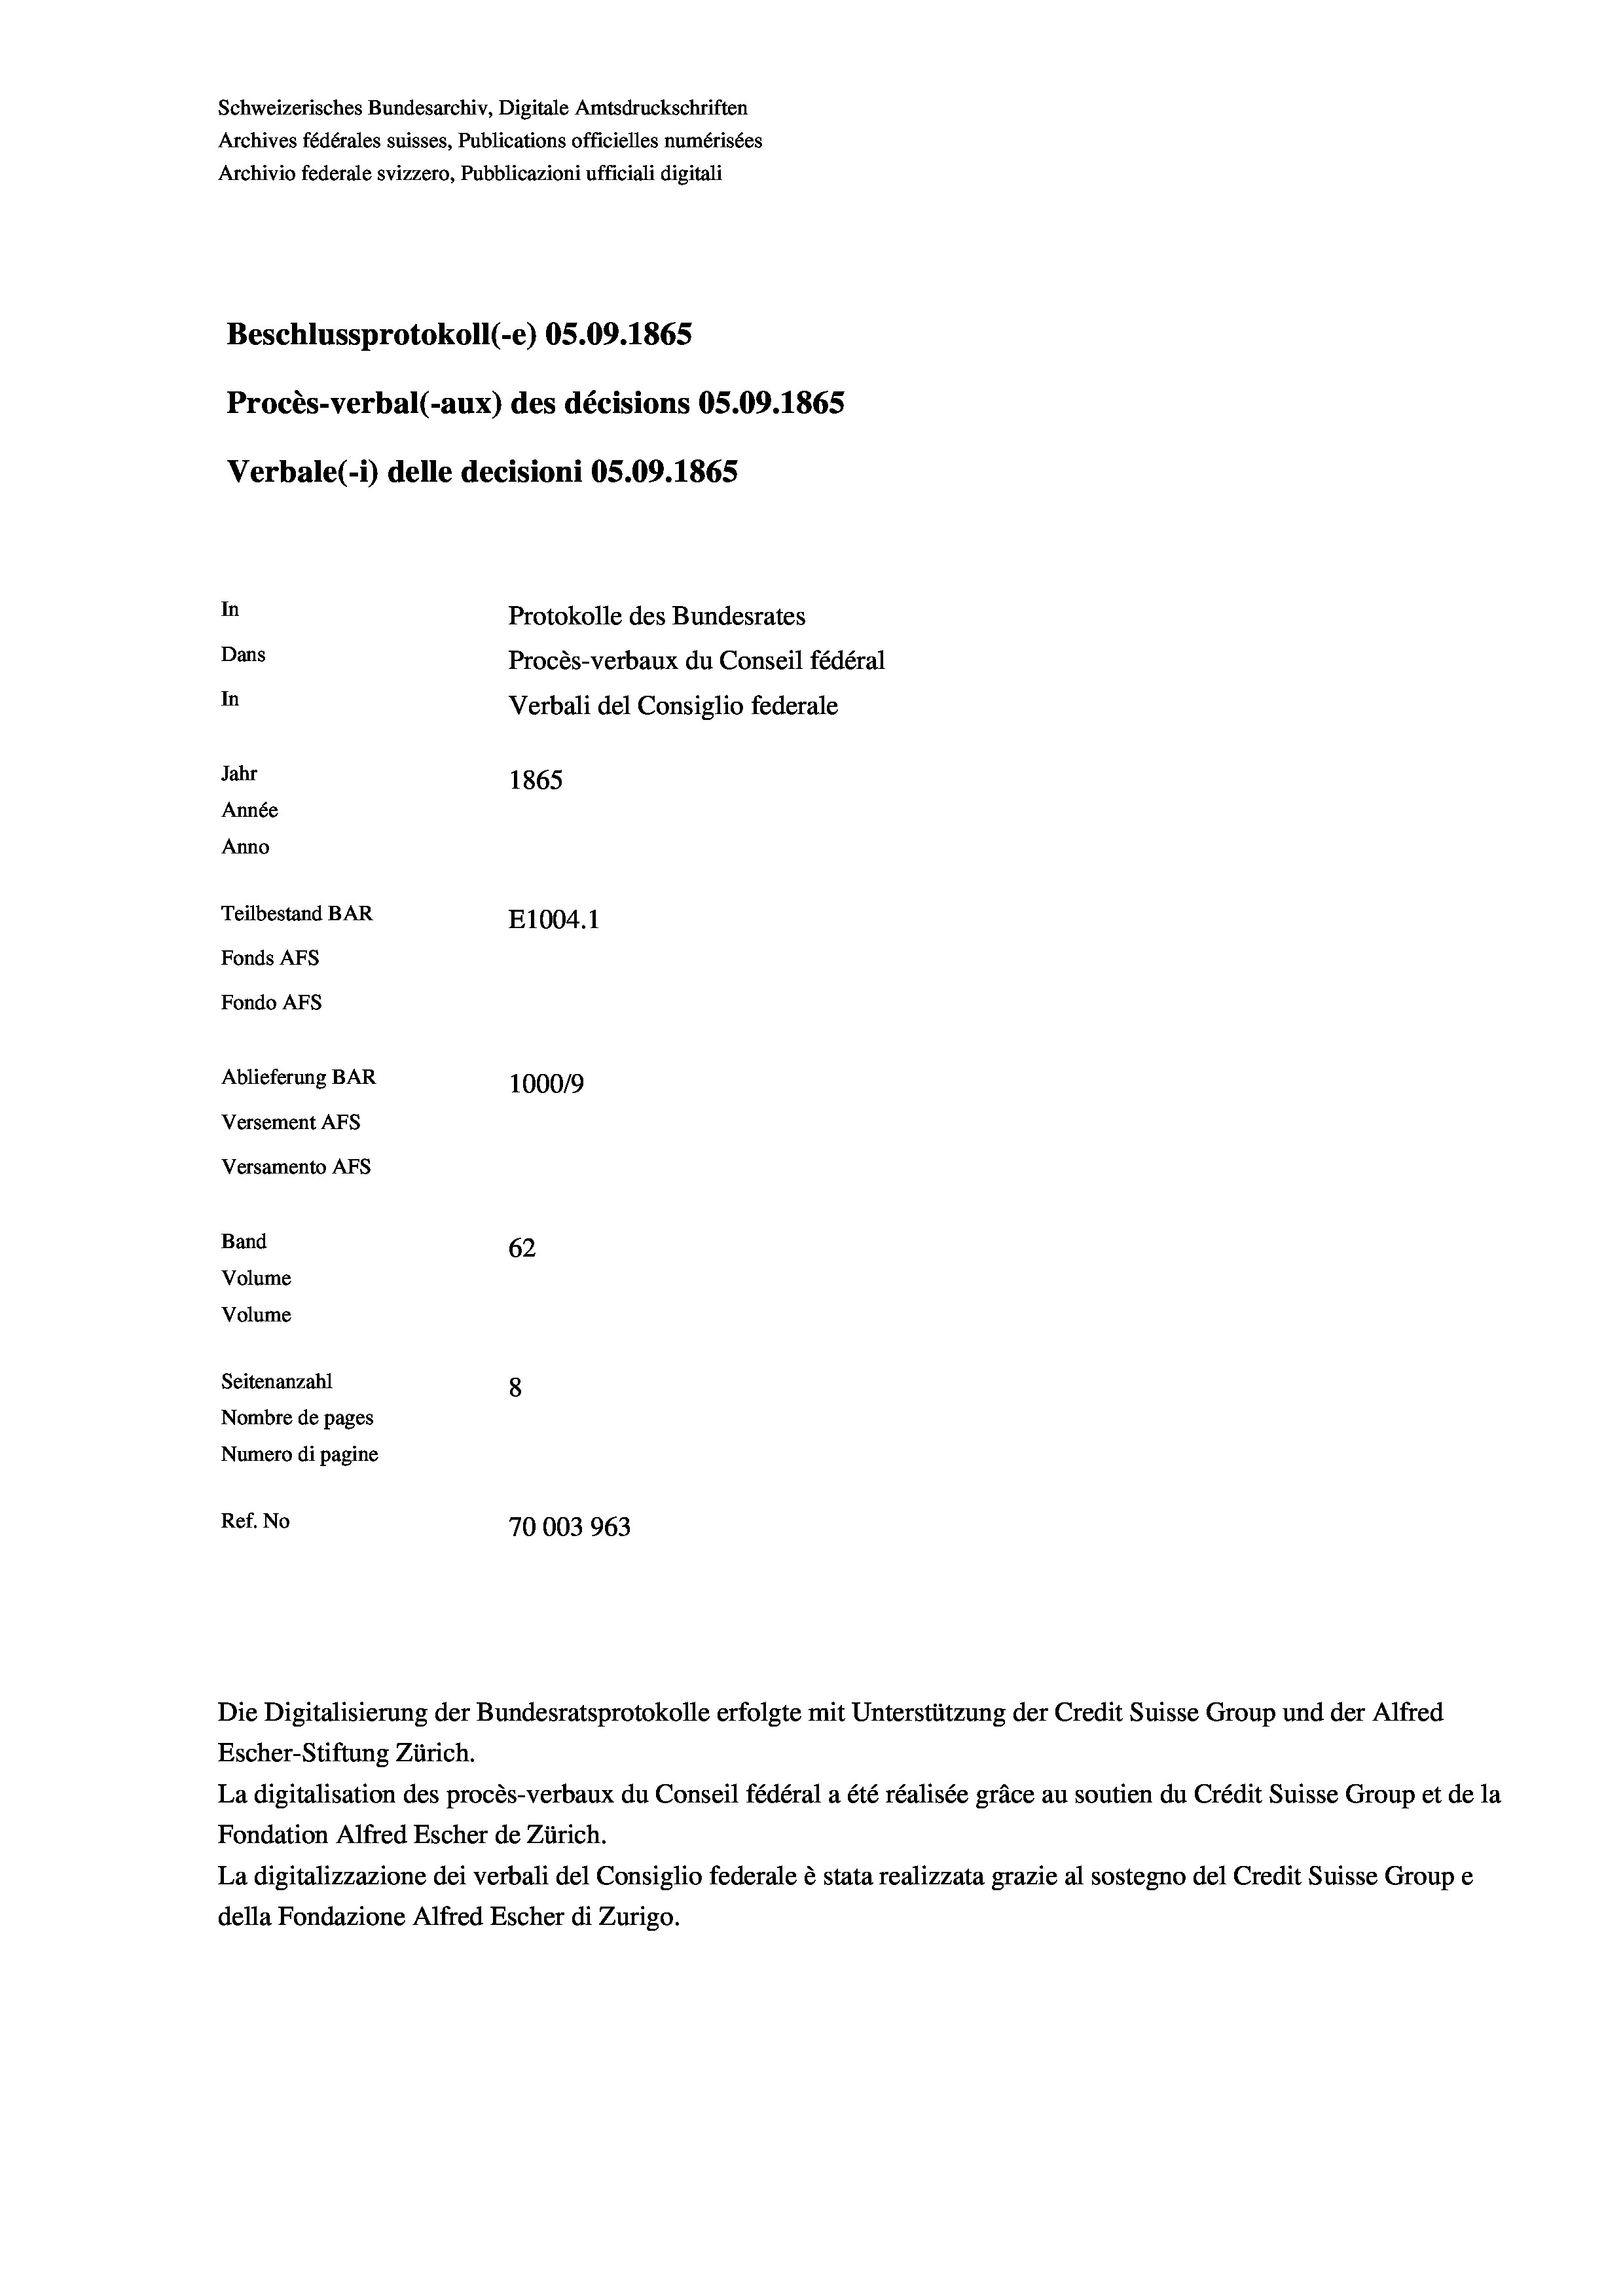
Schweizerisches Bundesarchiv, Digitale Amtsdruckschriften
Archives fédérales suisses, Publications officielles numérisées
Archivio federale svizzero, Pubblicazioni ufficiali digitali
Beschlussprotokoll (-e) 05.09. 1865
Procès-verbal (-aux) des décisions OS.09. 1865
Verbale (i) delle decisioni OS.09. 1865
In
Protokolle des Bundesrates
Dans
Procès-verbaux du Conseil fédéral
In
Verbali del Consiglio federale
Jahr
1865
Année
Anno
Teilbestand BAR
E1004.1
Fonds AFs
Fondo AFs
Ablieferung BAR
100019
Versement Abs
Versamento Afs
Band
62
Volume
Volume
Seitenanzahl
8

Nombre de pages
Numero di pagine
Ref. No
70003963

Escher-Stiftung Zürich.
La digitalisation des procès-verbaux du Conseil fédéral a été réalisée gräce au soutien du Crédit Suisse Group et de la
Fondation Alfred Escher de Zürich.
La digitalizzazione dei verbali del Consiglio federale è stata realizzata grazie al sostegno del Credit Suisse Groupe
della Fondazione Alfred Escher di Zurigo.

Die Digitalisierung der Bundesratsprotokolle erfolgte mit Unterstützung der Credit Suisse Group und der Alfred